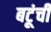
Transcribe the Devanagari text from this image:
बटूंची